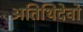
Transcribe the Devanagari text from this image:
अतिथिदेवो